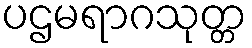
ပဌမရာဂသုတ္တ